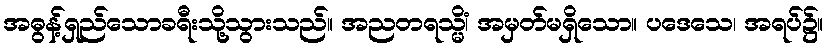
အဓွန့်ရှည်သောခရီးသို့သွားသည်။ အညတရသ္မိံ၊ အမှတ်မရှိသော။ ပဒေသေ၊ အရပ်၌။